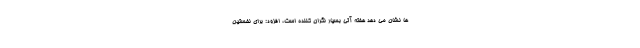
ها نشان می دهد هفته آتی بسیار نگران کننده است، افزود: برای نخستین